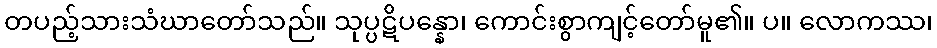
တပည့်သားသံဃာတော်သည်။ သုပ္ပဋိပန္နော၊ ကောင်းစွာကျင့်တော်မူ၏။ ပ။ လောကဿ၊